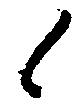
候